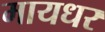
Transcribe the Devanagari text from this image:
मायधर